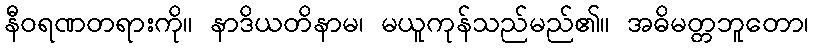
နီဝရဏတရားကို။ နာဒိယတိနာမ၊ မယူကုန်သည်မည်၏။ အဓိမတ္တဘူတော၊